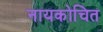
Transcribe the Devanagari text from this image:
नायकोचित